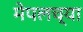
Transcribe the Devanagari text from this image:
मेपलच्या